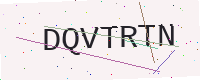
Text: DQVTRTN